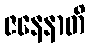
ဇနေနာတိ